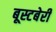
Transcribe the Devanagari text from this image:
बूस्टबेरी